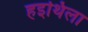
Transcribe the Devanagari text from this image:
हइथिला